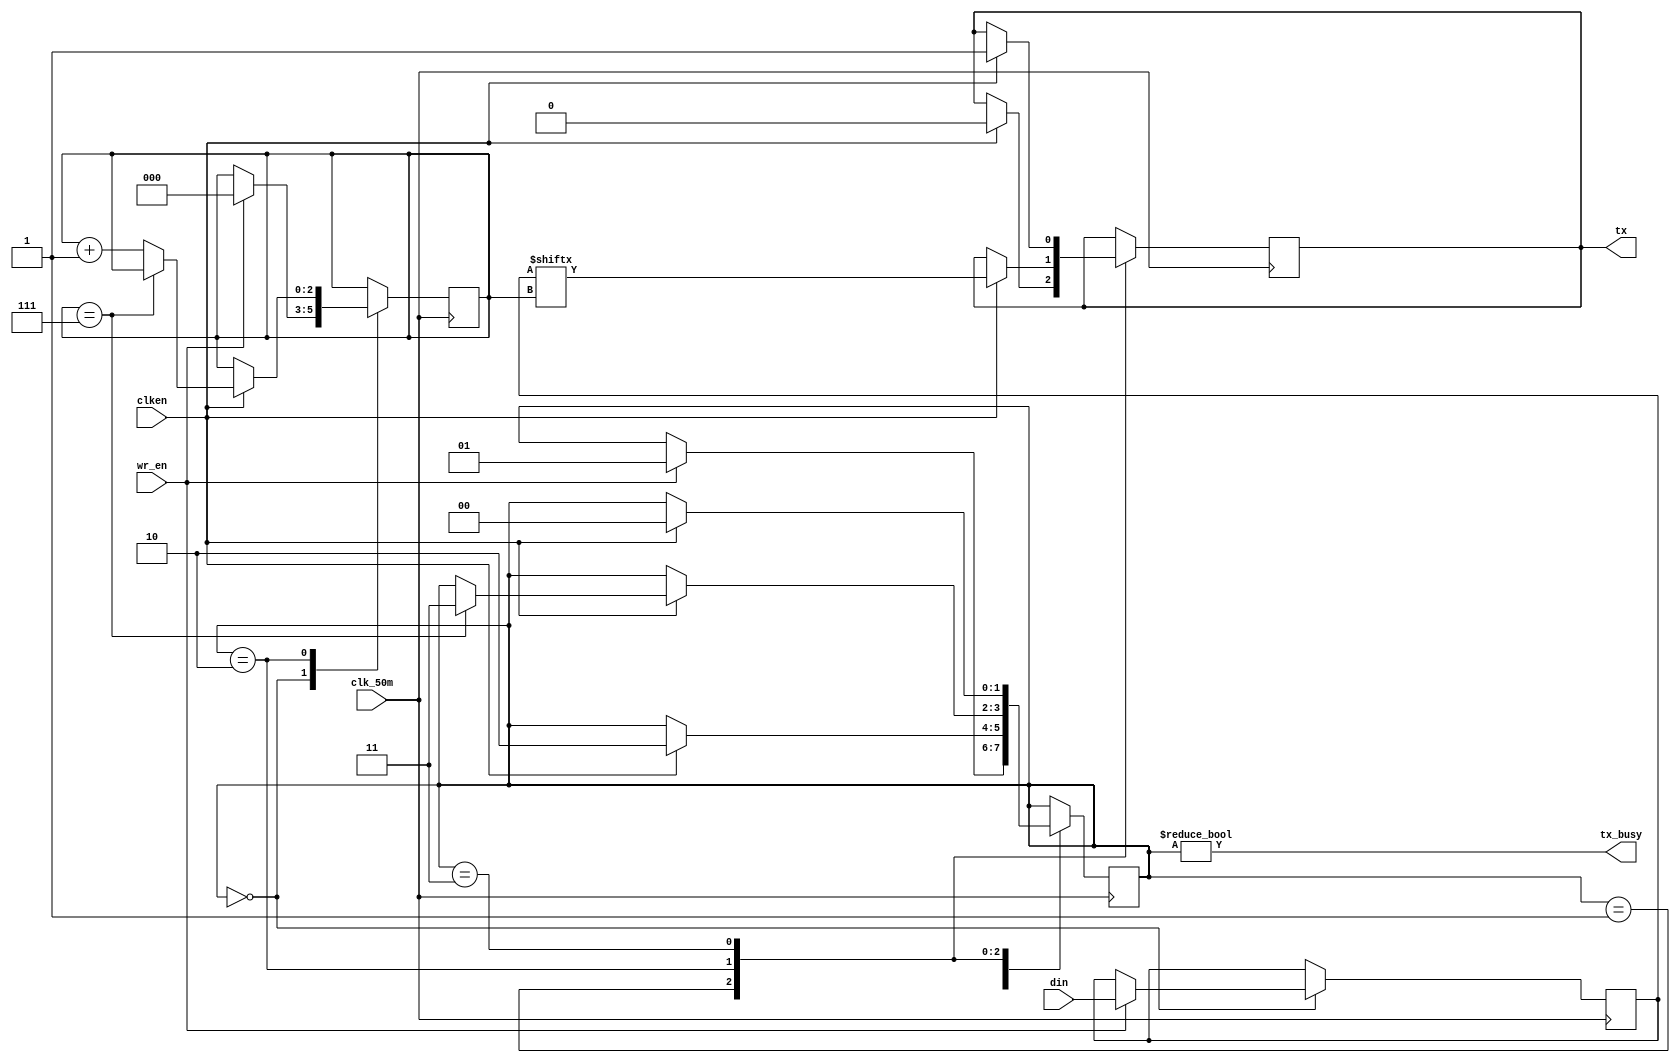
`timescale 1ns / 1ps
///////////////////////////////////////////////////////
// CMS : 041-18-0014
// Title : DSD project
// Code : UART transmitter
///////////////////////////////////////////////////////



module uart_trx(input wire [7:0] din,
		   input wire wr_en,
		   input wire clk_50m,
		   input wire clken,
		   output reg tx,
		   output wire tx_busy);

initial begin
	 tx = 1'b1;
end

parameter STATE_IDLE	= 2'b00;
parameter STATE_START	= 2'b01;
parameter STATE_DATA	= 2'b10;
parameter STATE_STOP	= 2'b11;

reg [7:0] data = 8'h00;
reg [2:0] bitpos = 3'h0;
reg [1:0] state = STATE_IDLE;

always @(posedge clk_50m) begin
	case (state)
	STATE_IDLE: begin
		if (wr_en) begin
			state <= STATE_START;
			data <= din;
			bitpos <= 3'h0;
		end
	end
	STATE_START: begin
		if (clken) begin
			tx <= 1'b0;
			state <= STATE_DATA;
		end
	end
	STATE_DATA: begin
		if (clken) begin
			if (bitpos == 3'h7)
				state <= STATE_STOP;
			else
				bitpos <= bitpos + 3'h1;
			tx <= data[bitpos];
		end
	end
	STATE_STOP: begin
		if (clken) begin
			tx <= 1'b1;
			state <= STATE_IDLE;
		end
	end
	default: begin
		tx <= 1'b1;
		state <= STATE_IDLE;
	end
	endcase
end

assign tx_busy = (state != STATE_IDLE);

endmodule